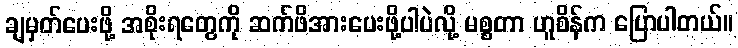
ချမှတ်ပေးဖို့ အစိုးရတွေကို ဆက်ဖိအားပေးဖို့ပါပဲလို့ မစ္စတာ ဟူစိန်က ပြောပါတယ်။